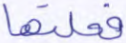
فعلتها